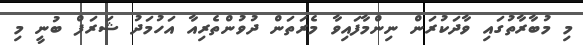
މި މުބާރާތުގައި ވާދަކުރަން ނިންމާފައިވާ މެރަތަން ދުވުންތެރިއާ އަހުމަދު ޝަރަފް ބުނީ މި